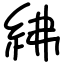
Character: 紼